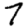
Digit: 7